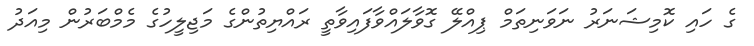
ގެ ހައި ކޮމިޝަނަރު ނަވަނިތަމް ޕިއްލޭ ގޮވާލައްވާފައިވާތީ ރައްޔިތުންގެ މަޖިލީހުގެ މެމްބަރުން މިއަދު